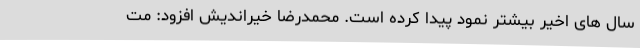
سال های اخیر بیشتر نمود پیدا کرده است. محمدرضا خیراندیش افزود: مت